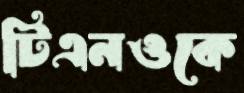
টিএনওকে